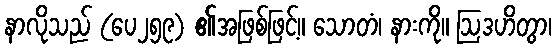
နာလိုသည် (ပေ၂၅၉) ၏အဖြစ်ဖြင့်။ သောတံ၊ နားကို။ ဩဒဟိတွာ၊